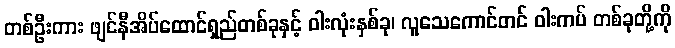
တစ်ဦးကား ဖျင်နီအိပ်ထောင်ရှည်တစ်ခုနှင့် ဝါးလုံးနှစ်ခု၊ လူသေကောင်တင် ဝါးကပ် တစ်ခုတို့ကို